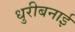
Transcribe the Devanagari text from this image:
धुरीबनाई